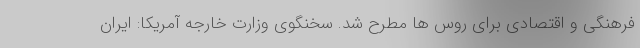
فرهنگی و اقتصادی برای روس ها مطرح شد. سخنگوی وزارت خارجه آمریکا: ایران